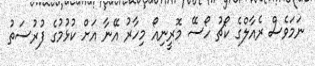
ނަމަވެސް ރެއާލްގެ ކޯޗު ހޯސޭ މޮރީނިއޯ މިހާރު އޭނާ އަށް ކުޅުމުގެ ފުރުސަތު